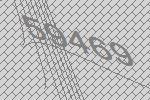
59469